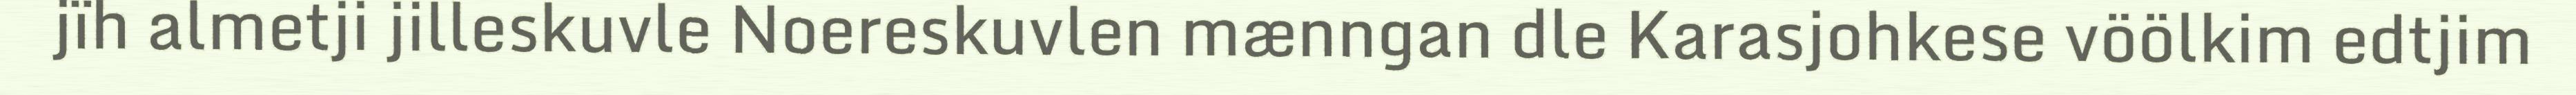
jïh almetji jilleskuvle Noereskuvlen mænngan dle Karasjohkese vöölkim edtjim